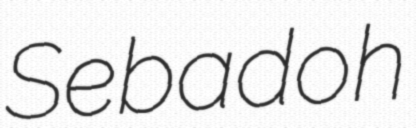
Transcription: Sebadoh